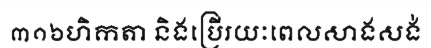
៣១៦ហិកតា និងប្រើរយៈពេលសាងសង់